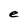
Character: e